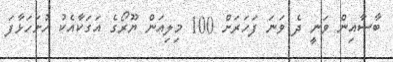
ބާސާއިން ވަނީ ދެ ވަނަ ފަހަރަށް 100 މިލިއަން ޔޫރޯގެ އަގަކާއެކު ހުށަހަޅާފަ